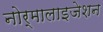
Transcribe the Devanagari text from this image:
नोर्मालाइजेशन